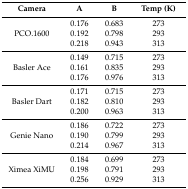
<table><thead><tr><td><b>Camera</b></td><td><b>A</b></td><td><b>B</b></td><td><b>Temp (K)</b></td></tr></thead><tbody><tr><td rowspan="3">PCO.1600</td><td>0.176</td><td>0.683</td><td>273</td></tr><tr><td>0.192</td><td>0.798</td><td>293</td></tr><tr><td>0.218</td><td>0.943</td><td>313</td></tr><tr><td rowspan="3">Basler Ace</td><td>0.149</td><td>0.715</td><td>273</td></tr><tr><td>0.161</td><td>0.835</td><td>293</td></tr><tr><td>0.176</td><td>0.976</td><td>313</td></tr><tr><td rowspan="3">Basler Dart</td><td>0.171</td><td>0.715</td><td>273</td></tr><tr><td>0.182</td><td>0.810</td><td>293</td></tr><tr><td>0.200</td><td>0.963</td><td>313</td></tr><tr><td rowspan="3">Genie Nano </td><td>0.186</td><td>0.722</td><td>273</td></tr><tr><td>0.190</td><td>0.799</td><td>293</td></tr><tr><td>0.214</td><td>0.967</td><td>313</td></tr><tr><td rowspan="3">Ximea XiMU</td><td>0.184</td><td>0.699</td><td>273</td></tr><tr><td>0.198</td><td>0.791</td><td>293</td></tr><tr><td>0.256</td><td>0.929</td><td>313</td></tr></tbody></table>